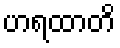
ဟရထာတိ